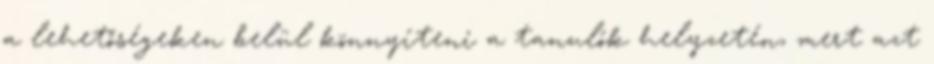
a lehetőségeken belül könnyíteni a tanulók helyzetén, mert azt